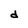
Character: d